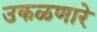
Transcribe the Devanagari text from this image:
उकळणारे